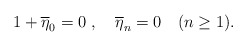
\begin{align*}1+\overline{\eta}_0=0 \ , \quad \overline{\eta}_n=0 \quad (n\ge 1). \end{align*}